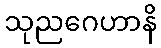
သုညဂေဟာနိ